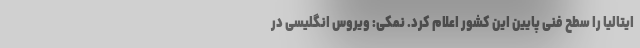
ایتالیا را سطح فنی پایین این کشور اعلام کرد. نمکی: ویروس انگلیسی در